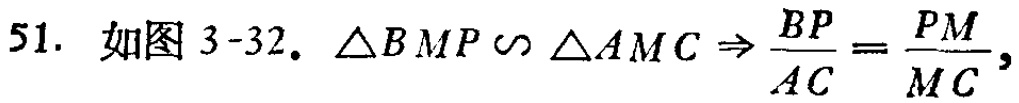
51. 如图 3-32. $\triangle BMP \backsim \triangle AMC \Rightarrow \frac{BP}{AC}=\frac{PM}{MC}$,